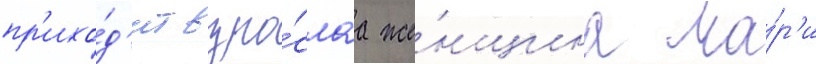
пр'ихо́д'ит взро́слаа же́нщина ма́р'и